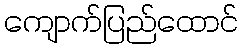
ကျောက်ပြည်ထောင်